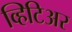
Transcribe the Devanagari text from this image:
व्हिटिअर